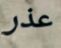
عذر